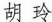
胡玲